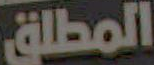
المطلق